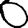
Digit: 0